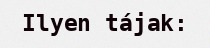
Ilyen tájak: